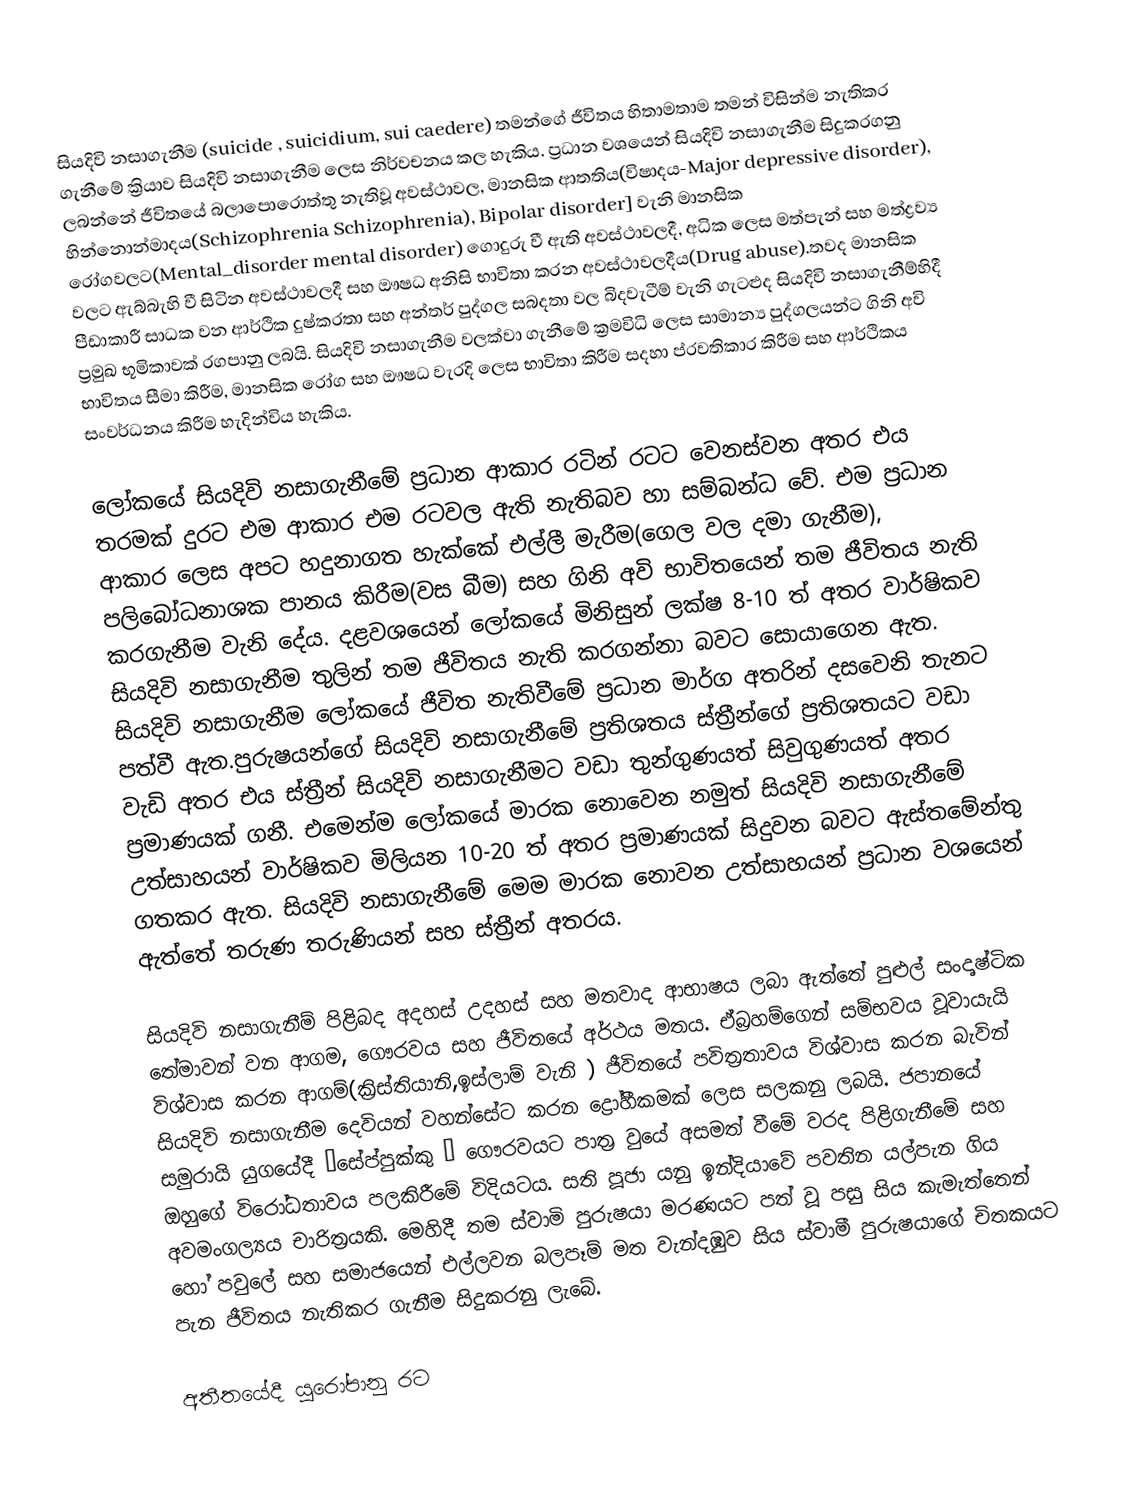
සියදිවි නසාගැනීම (suicide , suicidium, sui caedere) තමන්ගේ ජීවිතය  හිතාමතාම තමන් විසින්ම නැතිකර ගැනීමේ ක්‍රියාව සියදිවි නසාගැනීම ලෙස නිර්වචනය කල හැකිය. ප්‍රධාන වශයෙන්  සියදිවි නසාගැනීම සිදුකරගනු ලබන්නේ ජීවිතයේ බලාපොරොත්තු නැතිවූ අවස්ථාවල, මානසික ආතතිය(විෂාදය-Major depressive disorder), හින්නොන්මාදය(Schizophrenia Schizophrenia), Bipolar disorder] වැනි මානසික රෝගවලට(Mental_disorder mental disorder) ගොදුරු වී ඇති අවස්ථාවලදී, අධික ලෙස මත්පැන් සහ මත්ද්‍රව්‍ය වලට ඇබ්බැහි වී සිටින අවස්ථාවලදී සහ ඖෂධ අනිසි භාවිතා කරන අවස්ථාවලදීය(Drug abuse).තවද මානසික පීඩාකාරී සාධක වන ආර්ථික දුෂ්කරතා සහ අන්තර් පුද්ගල සබදතා වල බිදවැටීම් වැනි ගැටළුද සියදිවි නසාගැනීම්හිදී ප්‍රමුඛ භූමිකාවක් රගපානු ලබයි. සියදිවි නසාගැනීම වලක්වා ගැනීමේ ක්‍රමවිධි ලෙස සාමාන්‍ය පුද්ගලයන්ට ගිනි අවි භාවිතය සීමා කිරීම, මානසික රෝග සහ ඖෂධ වැරදි ලෙස භාවිතා කිරීම සදහා ප්රවතිකාර කිරීම සහ ආර්ථිකය සංවර්ධනය කිරීම හැදින්විය හැකිය.

ලෝකයේ සියදිවි නසාගැනීමේ ප්‍රධාන ආකාර රටින් රටට වෙනස්වන අතර එය තරමක් දුරට එම ආකාර එම රටවල ඇති නැතිබව හා සම්බන්ධ වේ. එම ප්‍රධාන ආකාර ලෙස අපට හදුනාගත හැක්කේ එල්ලී මැරීම(ගෙල වල දමා ගැනීම), පලිබෝධනාශක පානය කිරීම(වස බීම) සහ ගිනි අවි භාවිතයෙන් තම ජීවිතය නැති කරගැනීම වැනි දේය. දළවශයෙන් ලෝකයේ මිනිසුන් ලක්ෂ 8-10 ත් අතර වාර්ෂිකව සියදිවි නසාගැනීම තුලින් තම ජීවිතය නැති කරගන්නා බවට සොයාගෙන ඇත. සියදිවි නසාගැනීම ලෝකයේ ජීවිත නැතිවීමේ ප්‍රධාන මාර්ග අතරින් දසවෙනි තැනට පත්වී ඇත.පුරුෂයන්ගේ සියදිවි නසාගැනීමේ ප්‍රතිශතය ස්ත්‍රීන්ගේ ප්‍රතිශතයට වඩා වැඩි අතර එය ස්ත්‍රීන් සියදිවි නසාගැනීමට වඩා තුන්ගුණයත් සිවුගුණයත් අතර ප්‍රමාණයක් ගනී. එමෙන්ම ලෝකයේ මාරක නොවෙන නමුත් සියදිවි නසාගැනීමේ උත්සාහයන් වාර්ෂිකව මිලියන 10-20 ත් අතර ප්‍රමාණයක් සිදුවන බවට ඇස්තමේන්තු ගතකර ඇත. සියදිවි නසාගැනීමේ මෙම මාරක නොවන උත්සාහයන් ප්‍රධාන වශයෙන් ඇත්තේ තරුණ තරුණියන් සහ ස්ත්‍රීන් අතරය.

සියදිවි නසාගැනීම් පිළිබද අදහස් උදහස් සහ මතවාද ආභාෂය ලබා ඇත්තේ පුළුල් සංදෘෂ්ටික තේමාවන් වන ආගම, ගෞරවය සහ ජීවිතයේ අර්ථය මතය. ඒබ්‍රහම්ගෙන් සම්භවය වූවායැයි විශ්වාස කරන ආගම්(ක්‍රිස්තියානි,ඉස්ලාම් වැනි ) ජීවිතයේ පවිත්‍රතාවය විශ්වාස කරන බැවින් සියදිවි නසාගැනීම දෙවියන් වහන්සේට කරන ද්‍රෝහීකමක් ලෙස සලකනු ලබයි. ජපානයේ සමුරායි යුගයේදී “සේප්පුක්කු ” ගෞරවයට පාත්‍ර වුයේ අසමත් වීමේ වරද පිළිගැනීමේ සහ ඔහුගේ විරෝධතාවය පලකිරීමේ විදියටය. සති පූජා යනු ඉන්දියාවේ පවතින යල්පැන ගිය අවමංගල්‍යය චාරිත්‍රයකි. මෙහිදී තම ස්වාමි පුරුෂයා මරණයට පත් වූ පසු සිය කැමැත්තෙන් හෝ පවුලේ සහ සමාජයෙන් එල්ලවන බලපෑම් මත වැන්දඹුව සිය ස්වාමී පුරුෂයාගේ චිතකයට පැන ජීවිතය නැතිකර ගැනීම සිදුකරනු ලැබේ.

අතීතයේදී යුරෝපානු රට